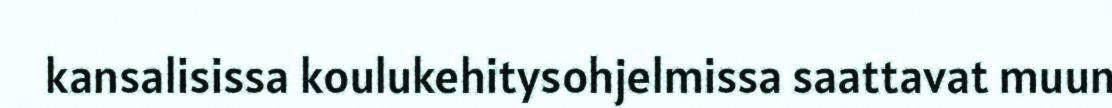
kansalisissa koulukehitysohjelmissa saattavat muun